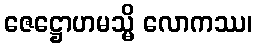
ဇေဋ္ဌောဟမသ္မိ လောကဿ၊